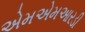
એમએમઆરડી